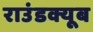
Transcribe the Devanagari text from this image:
राउंडक्यूब